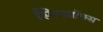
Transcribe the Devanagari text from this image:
स्पिनवॉक्स